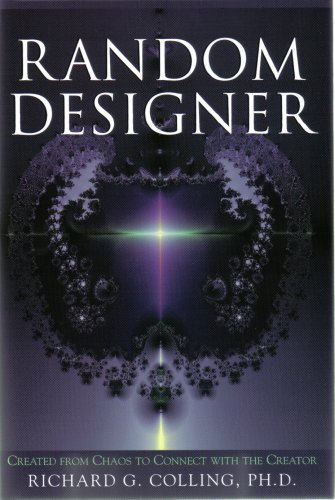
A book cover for Random Designer: Created from Chaos to Connect with Creator; Richard G. Colling; Religion & Spirituality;